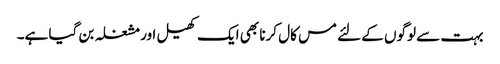
بہت سے لوگوں کے لئے مس کال کرنا بھی ایک کھیل اور مشغلہ بن گیا ہے۔